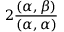
2 \frac { ( \alpha , \beta ) } { ( \alpha , \alpha ) }